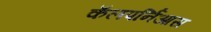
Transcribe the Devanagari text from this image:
कॅलपर्निआस